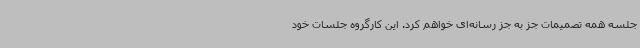
جلسه همه تصمیمات جز به جز رسانه‌ای خواهم کرد. این کارگروه جلسات خود